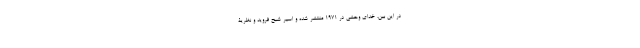
در این بین، خدای وحشی در ۱۹۷۱ منتشر شده و اسیر شبح فروید و نظریۀ